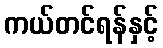
ကယ်တင်ရန်နှင့်